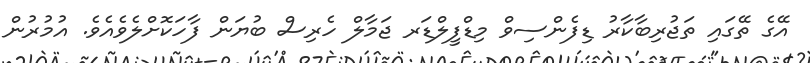
އޭގެ ތޭގައި ތަޖުރިބާކާރު ޑިފެންސިވް މިޑްފީލްޑަރ ޖަމާލް ހެރިސް ބުޔަން ފާހަކޮށްލެވެއެވެ. އުމުރުން